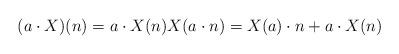
LaTeX: \begin{align*} (a\cdot X)(n) = a \cdot X(n) X(a\cdot n) = X(a) \cdot n + a \cdot X(n) \end{align*}